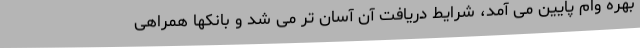
بهره وام پایین می آمد، شرایط دریافت آن آسان تر می شد و بانکها همراهی